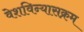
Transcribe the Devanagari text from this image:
वेशविन्यासक्रम